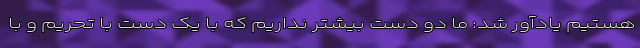
هستیم یادآور شد: ما دو دست بیشتر نداریم که با یک دست با تحریم و با